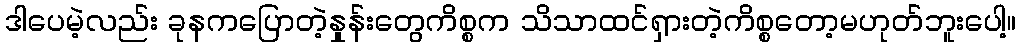
ဒါပေမဲ့လည်း ခုနကပြောတဲ့နှုန်းတွေကိစ္စက သိသာထင်ရှားတဲ့ကိစ္စတော့မဟုတ်ဘူးပေါ့။